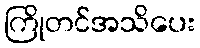
ကြိုတင်အသိပေး